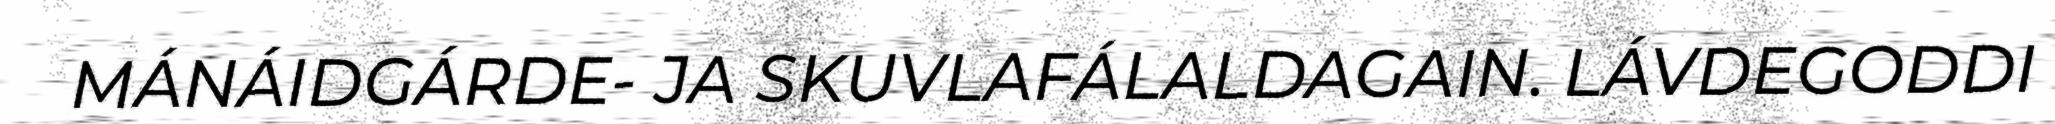
MÁNÁIDGÁRDE- JA SKUVLAFÁLALDAGAIN. LÁVDEGODDI